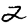
Digit: 2